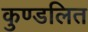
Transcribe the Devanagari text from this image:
कुण्डलित